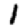
Digit: 1